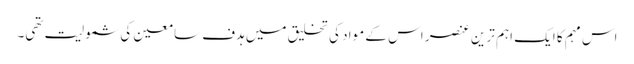
اس مہم کا ایک اہم ترین عنصر اس کے مواد کی تخلیق میں ہدف سامعین کی شمولیت تھی۔